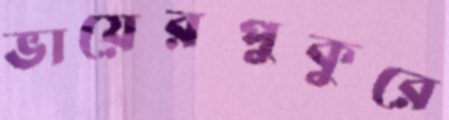
ভায়েরপুকুরে